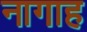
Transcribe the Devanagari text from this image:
नागाह